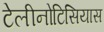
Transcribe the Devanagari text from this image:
टेलीनोटिसियास